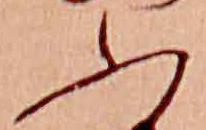
ふ